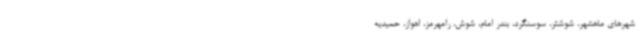
شهرهای ماهشهر، شوشتر، سوسنگرد، بندر امام، شوش، رامهرمز، اهواز، حمیدیه